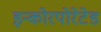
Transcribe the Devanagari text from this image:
इन्कोरपोरेटेड